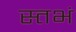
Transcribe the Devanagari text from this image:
स्तभं